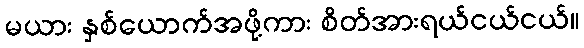
မယား နှစ်ယောက်အဖို့ကား စိတ်အားရယ်ငယ်ငယ်။